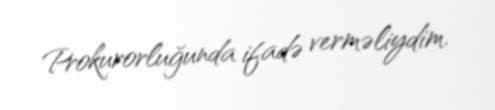
Prokurorluğunda ifadə verməliydim.